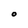
Character: O